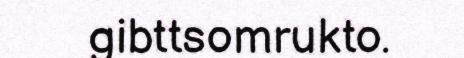
gibttsomrukto.